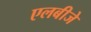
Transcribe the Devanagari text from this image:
एलबीजे